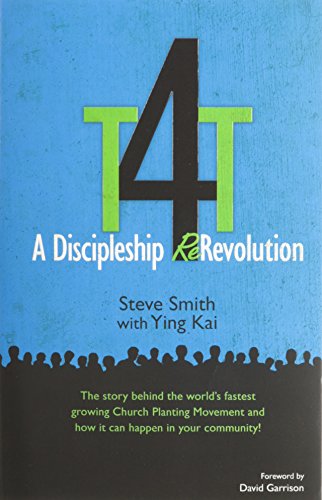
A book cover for T4T: A Discipleship Re-Revolution: The Story Behind the World's Fastest Growing Church Planting Movement and How it Can Happen in Your Community!; Steve Smith; Christian Books & Bibles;